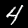
Label: 4